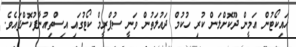
ހައިކޯޓުން އަމީން ދޫކޮށްލަން ކުރި ހުކުމް ދައުލަތުން ވަނީ ސުޕްރީމް ކޯޓުގައި އިސްތިއުނާފުކޮށްފައެވެ.